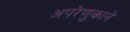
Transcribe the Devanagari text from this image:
अपरेणुकाने